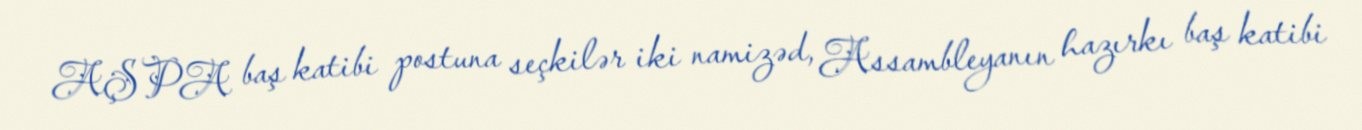
AŞPA baş katibi postuna seçkilər iki namizəd, Assambleyanın hazırkı baş katibi